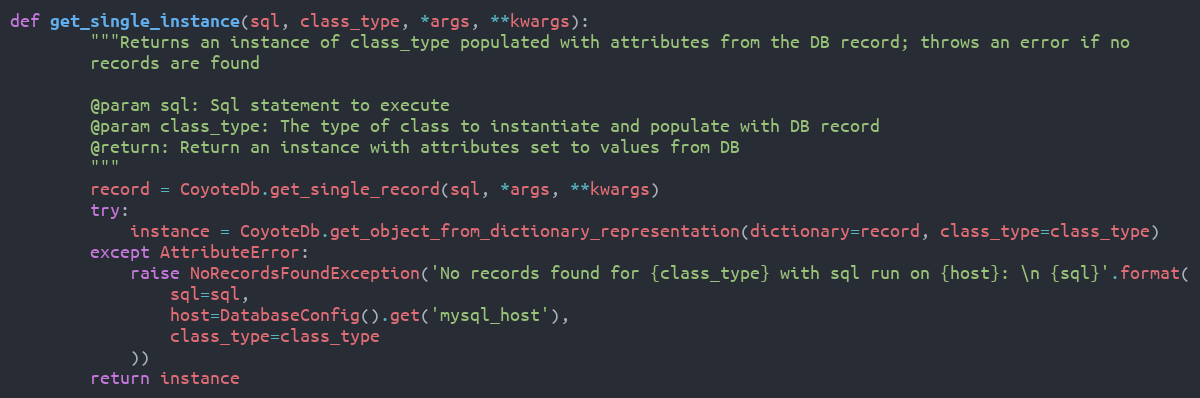
Language: Python
def get_single_instance(sql, class_type, *args, **kwargs):
        """Returns an instance of class_type populated with attributes from the DB record; throws an error if no
        records are found

        @param sql: Sql statement to execute
        @param class_type: The type of class to instantiate and populate with DB record
        @return: Return an instance with attributes set to values from DB
        """
        record = CoyoteDb.get_single_record(sql, *args, **kwargs)
        try:
            instance = CoyoteDb.get_object_from_dictionary_representation(dictionary=record, class_type=class_type)
        except AttributeError:
            raise NoRecordsFoundException('No records found for {class_type} with sql run on {host}: \n {sql}'.format(
                sql=sql,
                host=DatabaseConfig().get('mysql_host'),
                class_type=class_type
            ))
        return instance